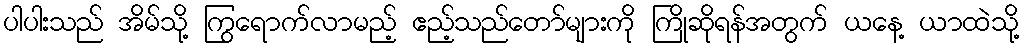
ပါပါးသည် အိမ်သို့ ကြွရောက်လာမည့် ဧည့်သည်တော်များကို ကြိုဆိုရန်အတွက် ယနေ့ ယာထဲသို့